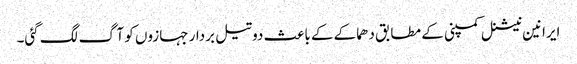
ایرانین نیشنل کمپنی کے مطابق دھماکے کے باعث دو تیل بردار جہازوں کو آگ لگ گئی۔